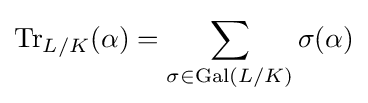
\operatorname {Tr} _{L/K}(\alpha )=\sum _{\sigma \in \operatorname {Gal} (L/K)}\sigma (\alpha )